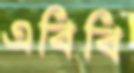
এবিবি